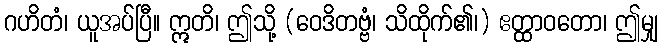
ဂဟိတံ၊ ယူအပ်ပြီ။ ဣတိ၊ ဤသို့ (ဝေဒိတဗ္ဗံ၊ သိထိုက်၏၊) ဧတ္ထာဝတော၊ ဤမျှ